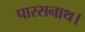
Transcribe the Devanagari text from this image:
पारसनाथ।